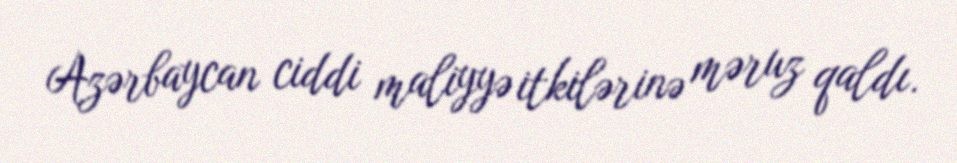
Azərbaycan ciddi maliyyə itkilərinə məruz qaldı.